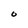
Character: O